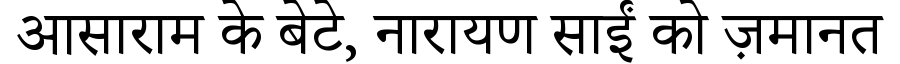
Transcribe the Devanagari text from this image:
आसाराम के बेटे, नारायण साईं को ज़मानत